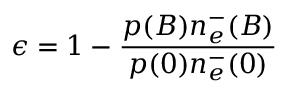
\epsilon = 1 - \frac { p ( B ) n _ { e } ^ { - } ( B ) } { p ( 0 ) n _ { e } ^ { - } ( 0 ) }